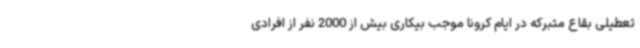
تعطیلی بقاع متبرکه در ایام کرونا موجب بیکاری بیش از 2000 نفر از افرادی